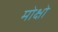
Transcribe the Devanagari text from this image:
मोक्षो